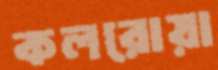
কলরোয়া